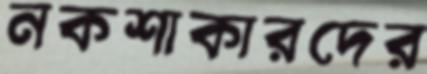
নকশাকারদের